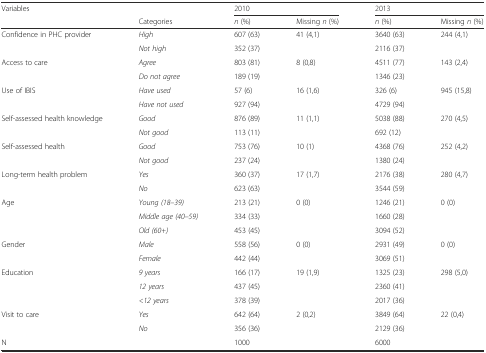
| Variables |  | <COLSPAN=2> 2010 | <COLSPAN=2> 2013 |
 |  | Categories | n (%) | Missing n (%) | n (%) | Missing n (%) |
 | --- | --- | --- | --- | --- | --- |
 | Confidence in PHC provider | High | 607 (63) | 41 (4,1) | 3640 (63) | 244 (4,1) |
 |  | Not high | 352 (37) |  | 2116 (37) |  |
 | Access to care | Agree | 803 (81) | 8 (0,8) | 4511 (77) | 143 (2,4) |
 |  | Do not agree | 189 (19) |  | 1346 (23) |  |
 | Use of IBIS | Have used | 57 (6) | 16 (1,6) | 326 (6) | 945 (15,8) |
 |  | Have not used | 927 (94) |  | 4729 (94) |  |
 | Self-assessed health knowledge | Good | 876 (89) | 11 (1,1) | 5038 (88) | 270 (4,5) |
 |  | Not good | 113 (11) |  | 692 (12) |  |
 | Self-assessed health | Good | 753 (76) | 10 (1) | 4368 (76) | 252 (4,2) |
 |  | Not good | 237 (24) |  | 1380 (24) |  |
 | Long-term health problem | Yes | 360 (37) | 17 (1,7) | 2176 (38) | 280 (4,7) |
 |  | No | 623 (63) |  | 3544 (59) |  |
 | Age | Young (18–39) | 213 (21) | 0 (0) | 1246 (21) | 0 (0) |
 |  | Middle age (40–59) | 334 (33) |  | 1660 (28) |  |
 |  | Old (60+) | 453 (45) |  | 3094 (52) |  |
 | Gender | Male | 558 (56) | 0 (0) | 2931 (49) | 0 (0) |
 |  | Female | 442 (44) |  | 3069 (51) |  |
 | Education | 9 years | 166 (17) | 19 (1,9) | 1325 (23) | 298 (5,0) |
 |  | 12 years | 437 (45) |  | 2360 (41) |  |
 |  | <12 years | 378 (39) |  | 2017 (36) |  |
 | Visit to care | Yes | 642 (64) | 2 (0,2) | 3849 (64) | 22 (0,4) |
 |  | No | 356 (36) |  | 2129 (36) |  |
 | N |  | 1000 |  | 6000 |  |